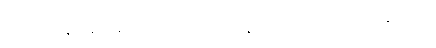
ထုပ်ပိုးမှုဒီဇိုင်းတွင် စက်ရုံပိုင်ရှင်များ သင်နားလည်သဘောပေါက်နိုင်သည်